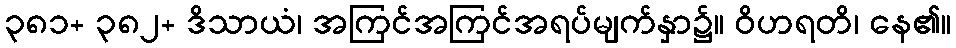
၃၈၁+ ၃၈၂+ ဒိသာယံ၊ အကြင်အကြင်အရပ်မျက်နှာ၌။ ဝိဟရတိ၊ နေ၏။